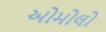
ઓમોલો